Report on the working of the Ranchi Indian Mental Hospital, Kanke, in Bihar and Orissa - 1930-1940
Year: 1930
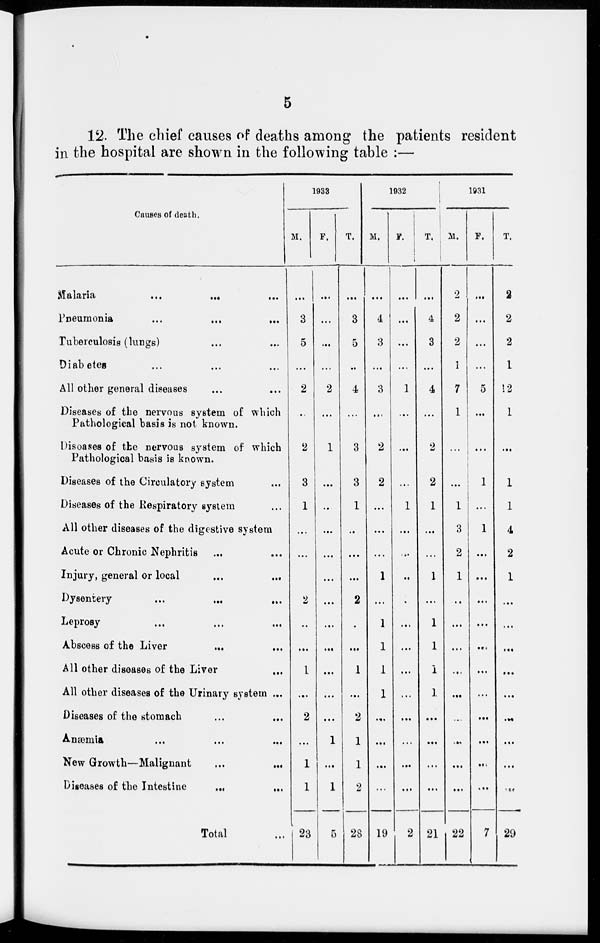
5
12. The chief causes of deaths among the patients resident
in the hospital are shown in the following table :—
Causes of death.
Malaria
...
... ...
Pneumonia ... ... ...
Tuberculosis (lungs) ... ...
Diabetes ... ... ...
All other general diseases ... ...
Diseases of the nervous system of which
Pathological basis is not known.
Diseases of the nervous system of which
Pathological basis is known.
Diseases of the Circulatory system ...
Diseases of the Respiratory system ...
All other diseases of the digestive system
Acute or Chronic Nephritis ... ...
Injury, general or local ... ...
Dysentery ... ... ...
Leprosy ... ... ...
Abscess of the Liver ... ...
All other diseases of the Liver ...
All other diseases of the Urinary system ...
Diseases of the stomach
...
...
Anæmia ... ... ...
New Growth—Malignant
...
...
Diseases of the Intestine
...
...
Total ...
1933
M.
...
3
5
...
2
...
2
3
1
...
...
...
2
...
...
1
...
2
...
1
1
23
F.
...
...
...
...
2
...
1
...
...
...
...
...
...
...
...
...
...
...
1
...
1
5
T.
3
5
...
4
...
3
3
1
...
...
...
2
...
...
1
...
2
1
1
2
28
1932
M.
...
4
3
...
3
...
2
2
...
...
...
1
...
1
1
1
1
...
...
...
...
19
F.
...
...
...
...
1
...
...
...
1
...
...
...
...
...
...
...
...
...
...
...
...
2
T.
...
4
3
...
4
...
2
2
1
...
...
1
...
1
1
1
1
...
...
...
...
21
1931
M.
2
2
2
1
7
1
...
...
1
3
2
1
...
...
...
...
...
...
...
...
...
22
F.
...
...
...
...
5
...
...
1
...
1
...
...
...
...
...
...
...
...
...
...
...
7
T.
2
2
2
1
12
1
...
1
1
4
2
1
...
...
...
...
...
...
...
...
...
29